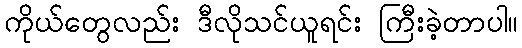
ကိုယ်တွေလည်း ဒီလိုသင်ယူရင်း ကြီးခဲ့တာပါ။